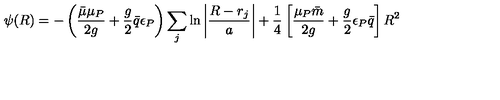
\psi ( R ) = - \left( \frac { \bar { \mu } \mu _ { P } } { 2 g } + \frac { g } { 2 } \bar { q } \epsilon _ { P } \right) \sum _ { j } \ln \left| \frac { R - r _ { j } } { a } \right| + \frac { 1 } { 4 } \left[ \frac { \mu _ { P } \bar { m } } { 2 g } + \frac { g } { 2 } \epsilon _ { P } \bar { q } \right] R ^ { 2 }